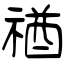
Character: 禉